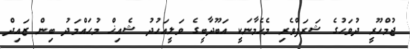
ޖުމްހޫރީ ދުވަހުގެ ޝަރަފްވެރި މެހެމާނަކީ އަބޫދާބީގެ ވަލީއަހުދު ޝެއިޚް މުޙައްމަދު ބިން ޒައިދް